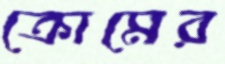
ক্রোমের